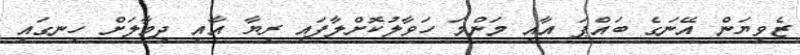
ޒެވިޔަން އޭނަގެ ބައްޕަ އާއި މަންމަ ހަވާލުކޮށްލާފައި ރިޔާ އާއި ދިމާލަށް ހިނގައި